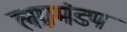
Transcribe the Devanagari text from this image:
लग्नमंडप